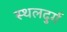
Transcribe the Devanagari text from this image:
स्थलदुर्ग